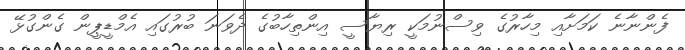
ފެންނާނެ ކަމަށާއި މިހާރުގެ ވިސްނުމަކީ ރިޔާސީ އިންތިހާބުގެ ދެވަނަ ބުރުގައި އެމްޑީޕީން ގެންގުޅޭ